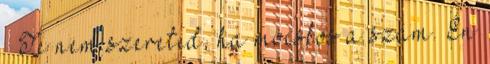
– Te nem szereted, ha mocskos a szám. Én